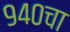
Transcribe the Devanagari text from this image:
९४०चा